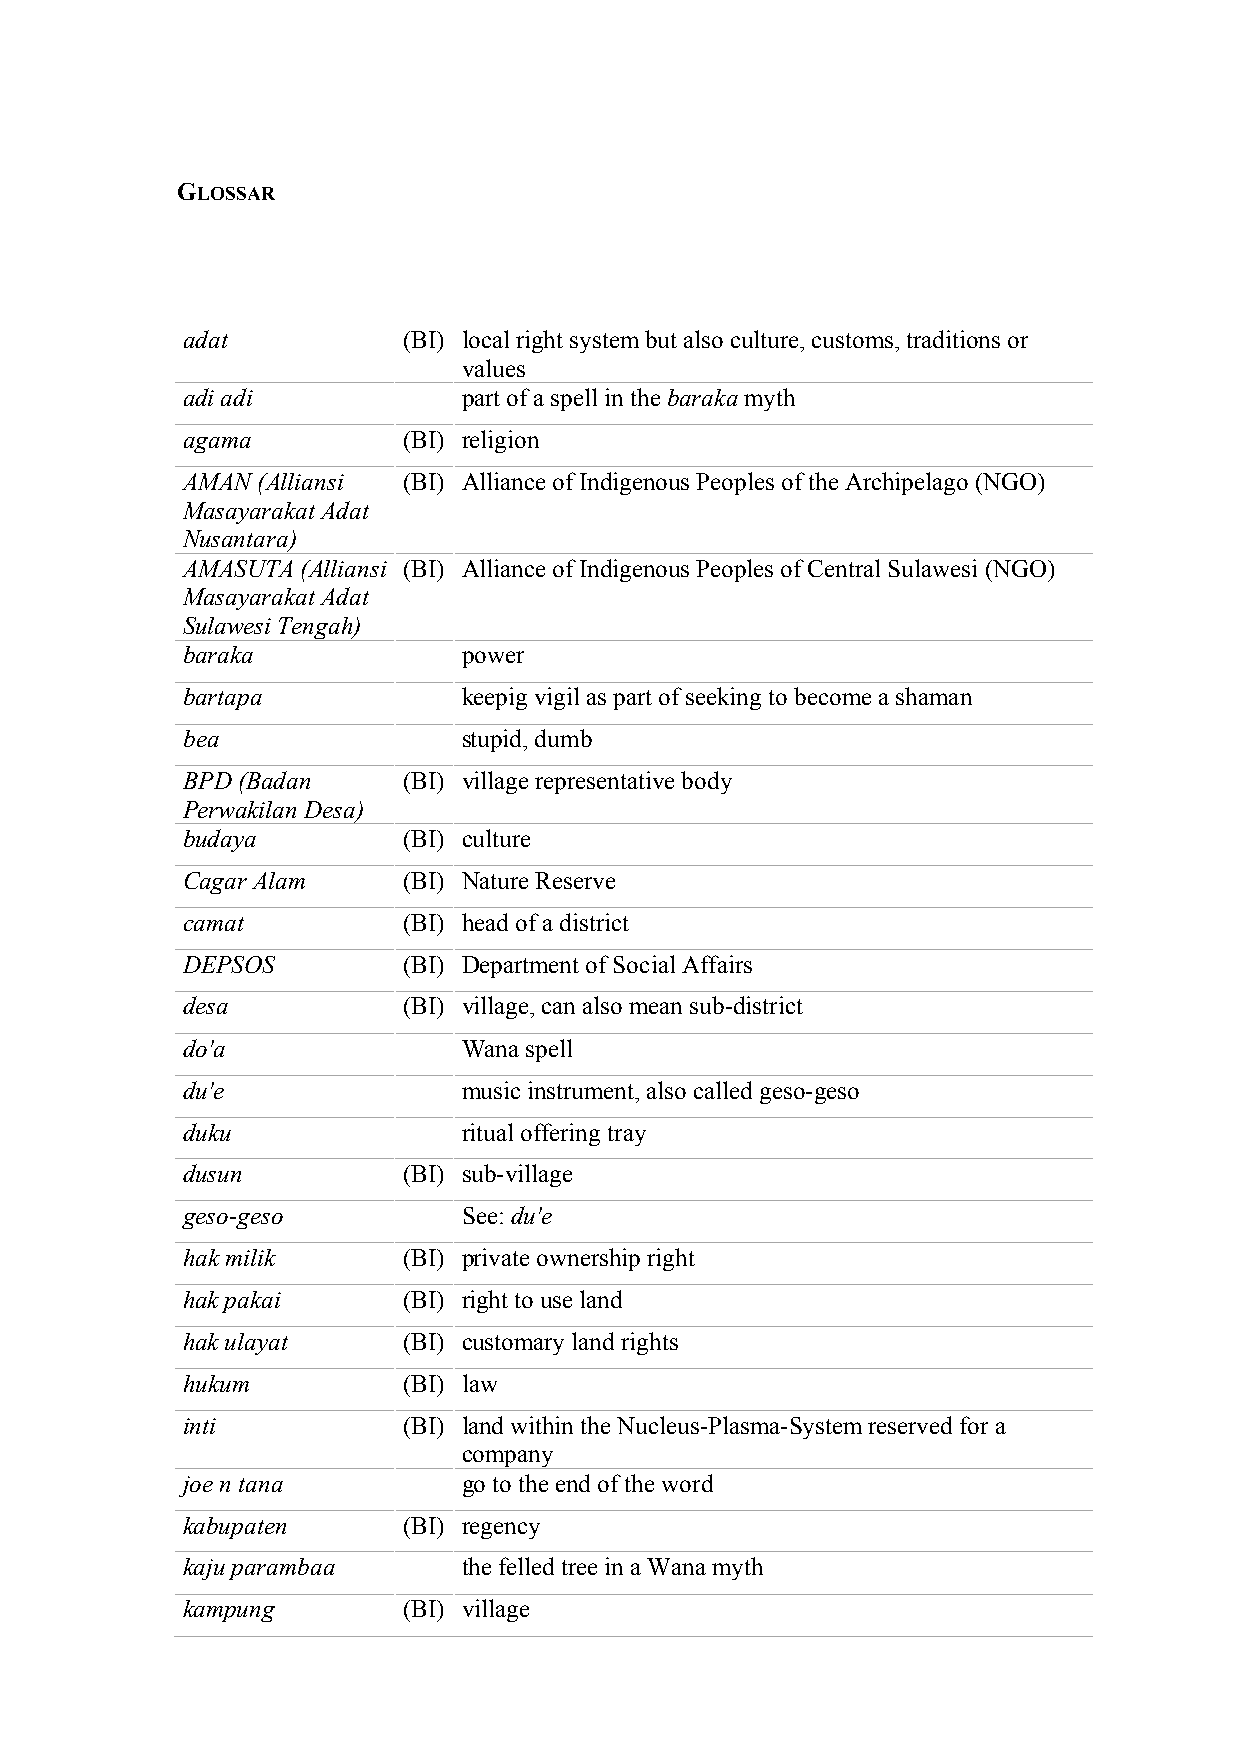
GLOSSAR
 adat           (BI) local right system but also culture, customs, traditions or
 values
 adi adi            part of a spell in the baraka myth
 agama          (BI) religion
 AMAN (Alliansi (BI) Alliance of Indigenous Peoples of the Archipelago (NGO)
 Masayarakat Adat
 Nusantara)
 AMASUTA (Alliansi (BI) Alliance of Indigenous Peoples of Central Sulawesi (NGO)
 Masayarakat Adat
 Sulawesi Tengah)
 baraka             power
 bartapa            keepig vigil as part of seeking to become a shaman
 bea                stupid, dumb
 BPD (Badan     (BI) village representative body
 Perwakilan Desa)
 budaya         (BI) culture
 Cagar Alam     (BI) Nature Reserve
 camat          (BI) head of a district
 DEPSOS         (BI) Department of Social Affairs
 desa           (BI) village, can also mean sub-district
 do'a               Wana spell
 du'e               music instrument, also called geso-geso
 duku               ritual offering tray
 dusun          (BI) sub-village
 geso-geso          See: du'e
 hak milik      (BI) private ownership right
 hak pakai      (BI) right to use land
 hak ulayat     (BI) customary land rights
 hukum          (BI) law
 inti           (BI) land within the Nucleus-Plasma-System reserved for a
 company
 joe n tana         go to the end of the word
 kabupaten      (BI) regency
 kaju parambaa      the felled tree in a Wana myth
 kampung        (BI) village